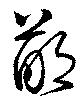
鄙